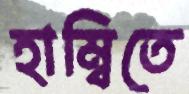
হাম্বিতে